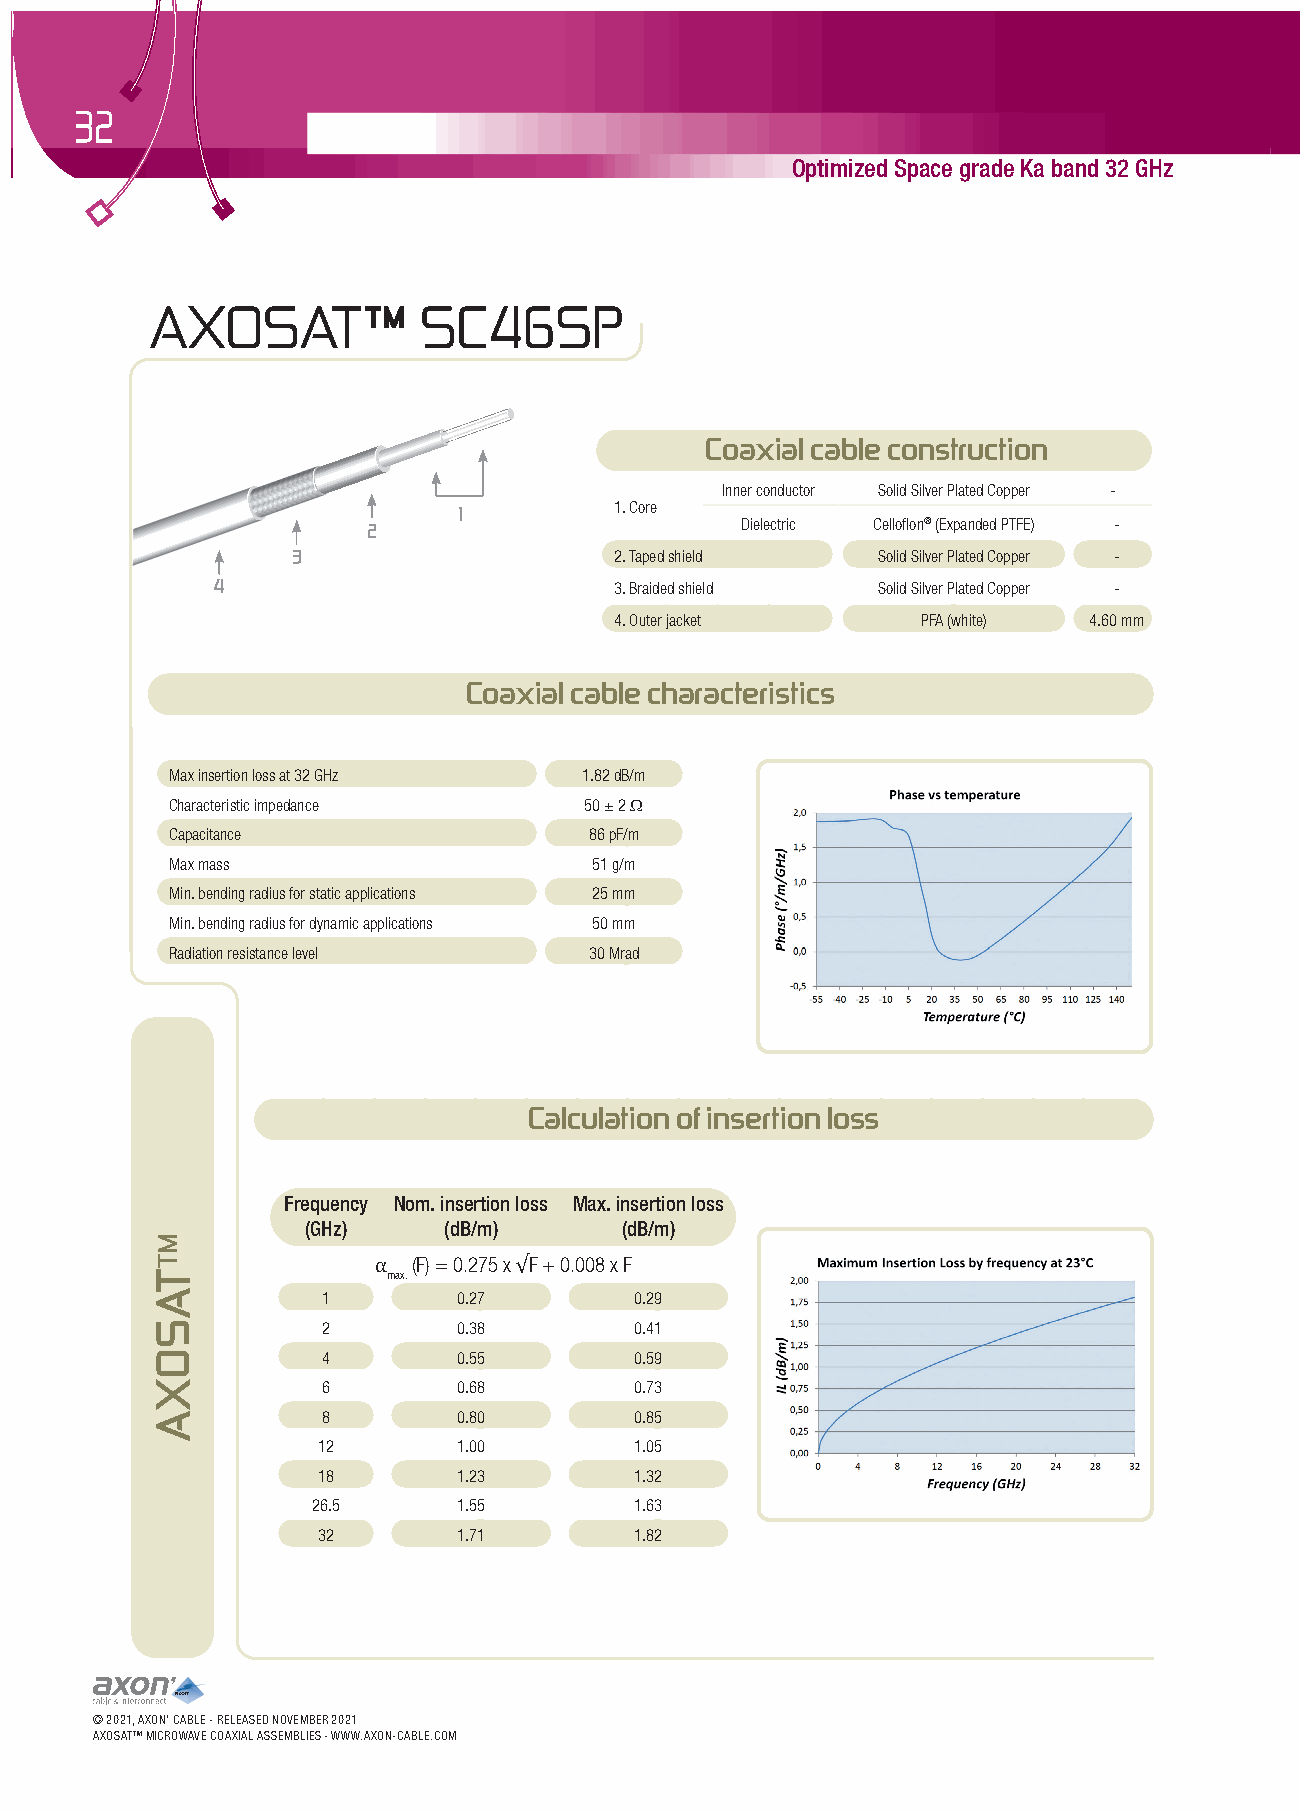
32
 Optimized Space grade Ka band 32 GHz
 AXOSAT™           SC46SP
 Coaxial cable construction
 Inner conductor Solid Silver Plated Copper -
 1. Core
 1
 Dielectric Celloflon® (Expanded PTFE) -
 2
 3                     2. Taped shield  Solid Silver Plated Copper -
 4                          3. Braided shield Solid Silver Plated Copper -
 4. Outer jacket     PFA (white) 4.60 mm
 Coaxial cable characteristics
 Max insertion loss at 32 GHz 1.82 dB/m
 Characteristic impedance    50 ± 2 Ω
 Capacitance                 86 pF/m
 Max mass                    51 g/m
 Min. bending radius for static applications 25 mm
 Min. bending radius for dynamic applications 50 mm
 Radiation resistance level  30 Mrad
 Calculation of insertion loss
 Frequency Nom. insertion loss Max. insertion loss
 (GHz)    (dB/m)      (dB/m)
 (F) = 0.275 x F + 0.008 x F
 max.
 1        0.27        0.29
 α        √
 2        0.38        0.41
 4        0.55        0.59
 6        0.68        0.73
 8        0.80        0.85
 12       1.00        1.05
 18       1.23        1.32
 26.5     1.55        1.63
 32       1.71        1.82
 © 2021, AXON’ CABLE - RELEASED NOVEMBER 2021
 AXOSATTM MICROWAVE COAXIAL ASSEMBLIES - WWW.AXON-CABLE.COM
 MTTASOXA